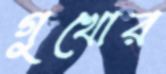
গুখোর